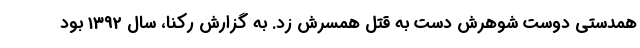
همدستی دوست شوهرش دست به قتل همسرش زد. به گزارش رکنا، سال 1392 بود